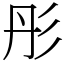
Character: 彤